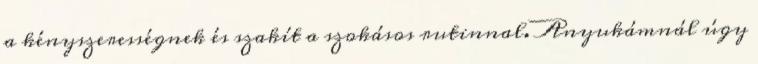
a kényszerességnek és szakít a szokásos rutinnal. Anyukámnál úgy